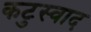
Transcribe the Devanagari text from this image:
कटुस्वाद